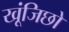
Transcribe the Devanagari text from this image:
खूंजिछो